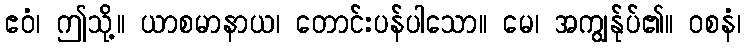
ဧဝံ၊ ဤသို့။ ယာစမာနာယ၊ တောင်းပန်ပါသော။ မေ၊ အကျွန်ုပ်၏။ ဝစနံ၊